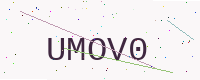
Text: UMOV0